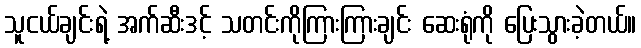
သူငယ်ချင်းရဲ့ အက်ဆီးဒင့် သတင်းကိုကြားကြားချင်း ဆေးရုံကို ပြေးသွားခဲ့တယ်။